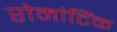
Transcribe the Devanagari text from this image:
रोमांटिंक